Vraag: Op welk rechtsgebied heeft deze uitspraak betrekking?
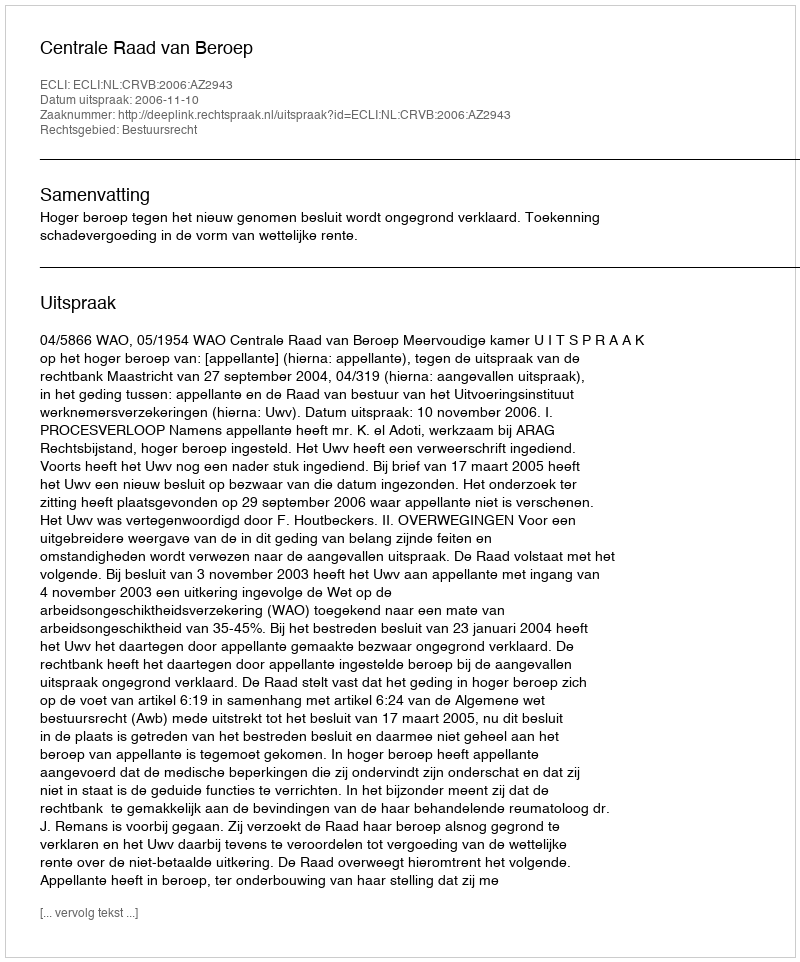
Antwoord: Bestuursrecht